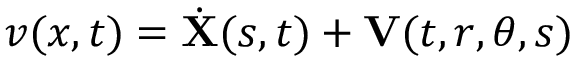
v ( x , t ) = \dot { \mathbf { X } } ( s , t ) + \mathbf { V } ( t , r , \theta , s )